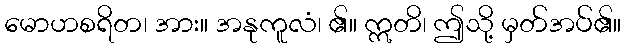
မောဟစရိတ၊ အား။ အနုကူလံ၊ ၏။ ဣတိ၊ ဤသို့ မှတ်အပ်၏။